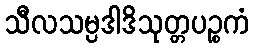
သီလသမ္ပဒါဒိသုတ္တပဉ္စကံ